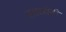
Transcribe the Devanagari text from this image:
साध्येही